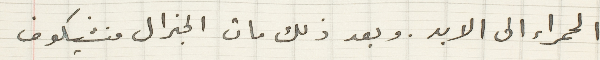
الحمراء الى الابد. وبعد ذلك مات الجنرال منشيكوف